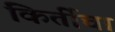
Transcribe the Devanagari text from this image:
किर्तीचा